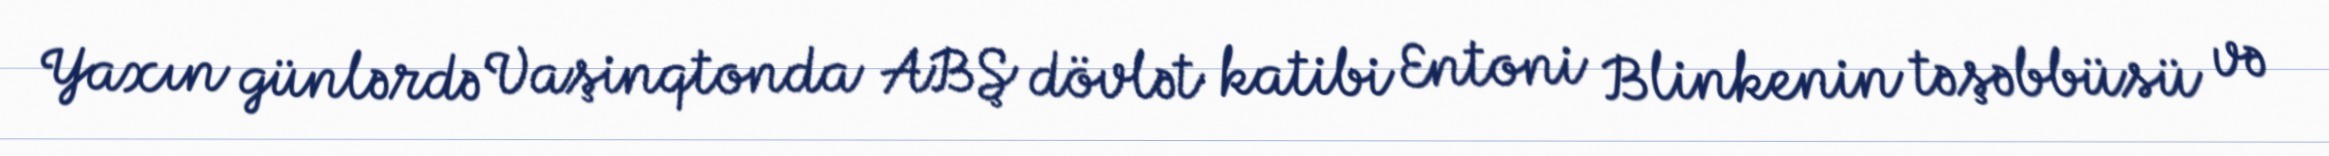
Yaxın günlərdə Vaşinqtonda ABŞ dövlət katibi Entoni Blinkenin təşəbbüsü və